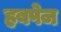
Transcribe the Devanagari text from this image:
हबपेज